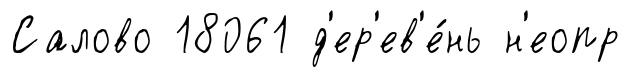
Салово 18061 д'ер'ев'е́нь н'еопр